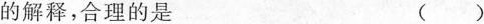
合理的是 ()